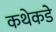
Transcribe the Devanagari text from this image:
कथेकडे